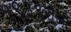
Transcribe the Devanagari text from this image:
१९३९रोजी